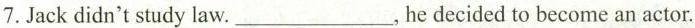
7. Jack didn't study law. ___ , he decided to become an actor.